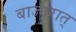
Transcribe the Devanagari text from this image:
बाजारात्‌